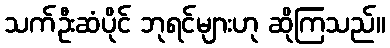
သက်ဦးဆံပိုင် ဘုရင်များဟု ဆိုကြသည်။